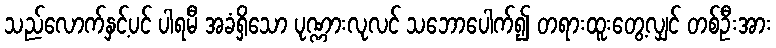
သည်လောက်နှင့်ပင် ပါရမီ အခံရှိသော ပုဏ္ဏားလုလင် သဘောပေါက်၍ တရားထူးတွေ့လျှင် တစ်ဦးအား